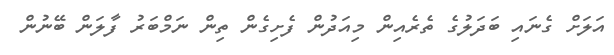
އަލަށް ގެނައި ބަދަލުގެ ތެރެއިން މިއަދުން ފެށިގެން ތިން ނަމްބަރު ފާލަން ބޭނުން